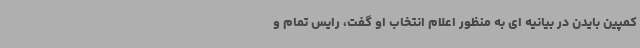
کمپین بایدن در بیانیه ای به منظور اعلام انتخاب او گفت، رایس تمام و